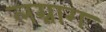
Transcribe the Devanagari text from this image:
लग्नाग